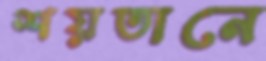
শয়তানে